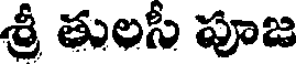
శ్రీ తులసీ పూజ